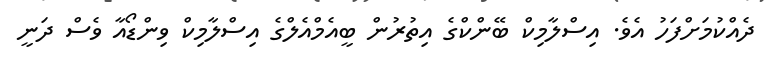
ދެއްކުމަށްފަހު އެވެ. އިސްލާމިކް ބޭންކްގެ އިތުރުން ބީއެމްއެލްގެ އިސްލާމިކް ވިންޑޯއާ ވެސް ދަނީ